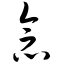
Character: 念